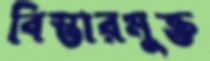
বিস্তারমুক্ত